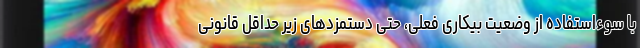
با سوءاستفاده از وضعیت بیکاری فعلی، حتی دستمزدهای زیر حداقل قانونی